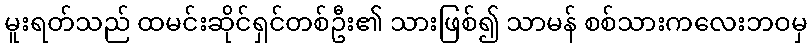
မူးရတ်သည် ထမင်းဆိုင်ရှင်တစ်ဦး၏ သားဖြစ်၍ သာမန် စစ်သားကလေးဘဝမှ